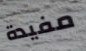
مفيدة